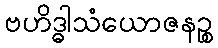
ဗဟိဒ္ဓါသံယောဇနဉ္စ